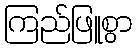
ကြည်ဖြူစွာ